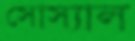
সোস্যাল